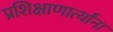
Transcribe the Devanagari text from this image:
प्रशिक्षाणार्त्यांना